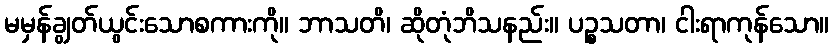
မမှန်ချွတ်ယွင်းသောစကားကို။ ဘာသတိ၊ ဆိုတုံဘိသနည်း။ ပဉ္စသတာ၊ ငါးရာကုန်သော။